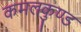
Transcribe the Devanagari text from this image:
कमलकुण्ड